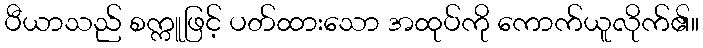
ပီယာသည် စက္ကူဖြင့် ပတ်ထားသော အထုပ်ကို ကောက်ယူလိုက်၏။